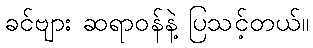
ခင်ဗျား ဆရာဝန်နဲ့ ပြသင့်တယ်။